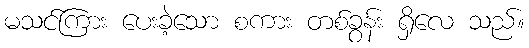
မသင်ကြား ပေးခဲ့သော စကား တစ်ခွန်း ရှိလေ သည်။